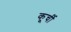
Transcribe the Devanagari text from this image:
कूर्ची